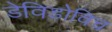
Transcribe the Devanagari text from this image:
डेविडोविच